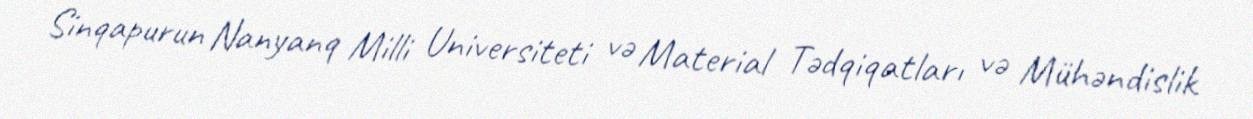
Sinqapurun Nanyanq Milli Universiteti və Material Tədqiqatları və Mühəndislik